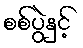
စစ်ပွဲနှင့်